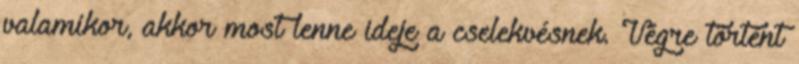
valamikor, akkor most lenne ideje a cselekvésnek. Végre történt